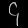
Digit: ၄